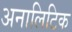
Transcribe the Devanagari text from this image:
अनालिटिक